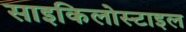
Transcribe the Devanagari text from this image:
साइकिलोस्टाइल